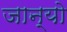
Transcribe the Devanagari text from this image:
जान्यो